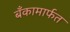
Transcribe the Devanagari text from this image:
बँकामार्फत